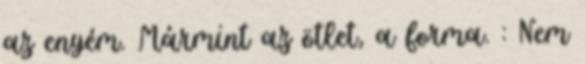
az enyém. Mármint az ötlet, a forma. : Nem